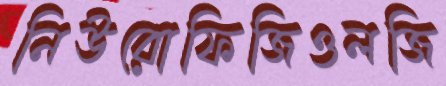
নিউরোফিজিওলজি